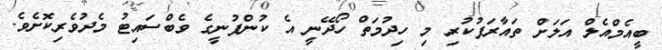
ބީއެމްއެލް އަލަށް ތައާރަފުކުރި މި ހިދުމަތް ހޯދޭނީ އެ ކުންފުނީގެ ވެބްސައިޓު މެދުވެރިކޮށެވެ.